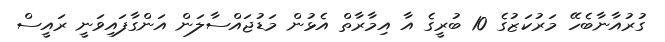
ގުރުއާނާބެހޭ މަރުކަޒުގެ 10 ބުރީގެ އާ އިމާރާތް އެޅުން މަޑުޖައްސާލަން އަންގާފައިވަނީ ރައީސް